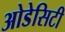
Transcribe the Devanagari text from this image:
ओडेसिटी